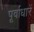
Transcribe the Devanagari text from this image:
पूर्वाधारें